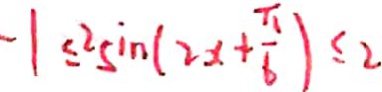
- 1 \leq 2 \sin ( 2 x + \frac { \pi } { 6 } ) \leq 2